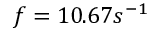
f = 1 0 . 6 7 s ^ { - 1 }